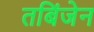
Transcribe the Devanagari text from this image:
तबिंजेन